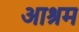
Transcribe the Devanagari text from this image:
अाश्रम